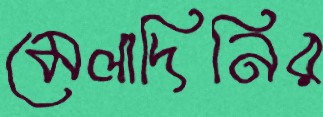
মেলাদিনির